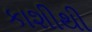
કાશીથી